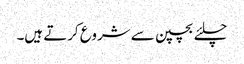
چلئے بچپن سے شروع کرتے ہیں۔